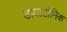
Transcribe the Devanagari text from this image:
डायाटोनिक